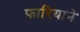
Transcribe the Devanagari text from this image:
फारियाने